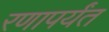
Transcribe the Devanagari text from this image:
रणापर्यंत